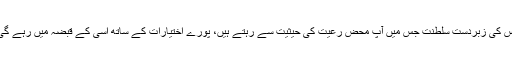
اس کی زبردست سلطنت جس میں آپ محض رعیت کی حیثیت سے رہتے ہیں، پورے اختیارات کے ساتھ اسی کے قبضہ میں رہے گی۔